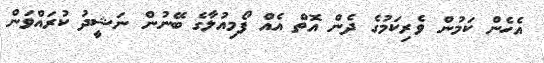
އެހެން ކަމުން ވެރިކަމުގެ ދެން އޮތް އެއް ފޯމިއުލާގެ ބޭނުން ނަޝީދު ކުރައްވަން